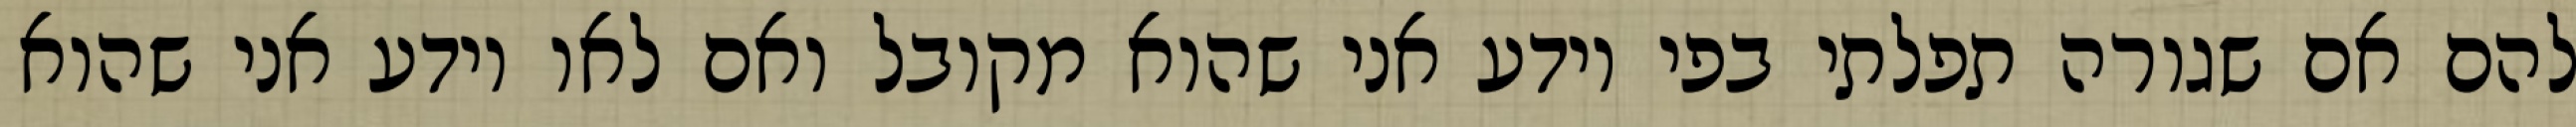
להם אם שגורה תפלתי בפי יודע אני שהוא מקובל ואם לאו יודע אני שהוא